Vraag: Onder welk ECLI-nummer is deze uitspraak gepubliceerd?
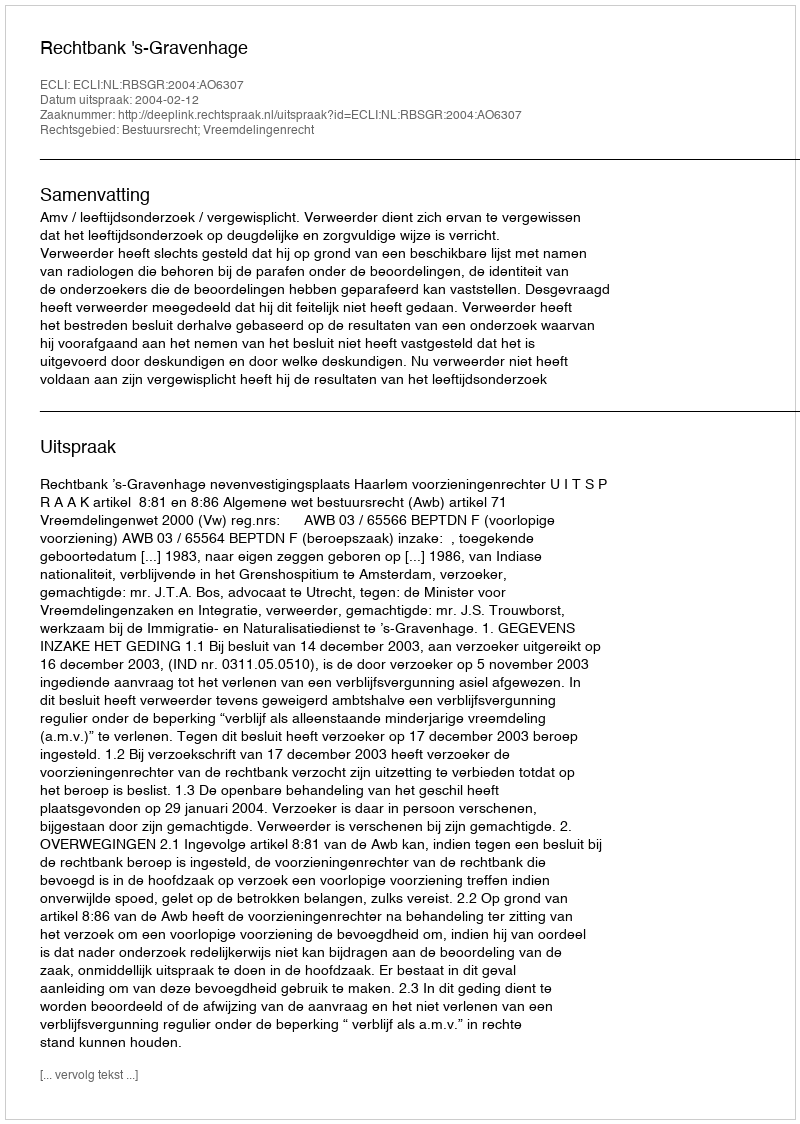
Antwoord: ECLI:NL:RBSGR:2004:AO6307